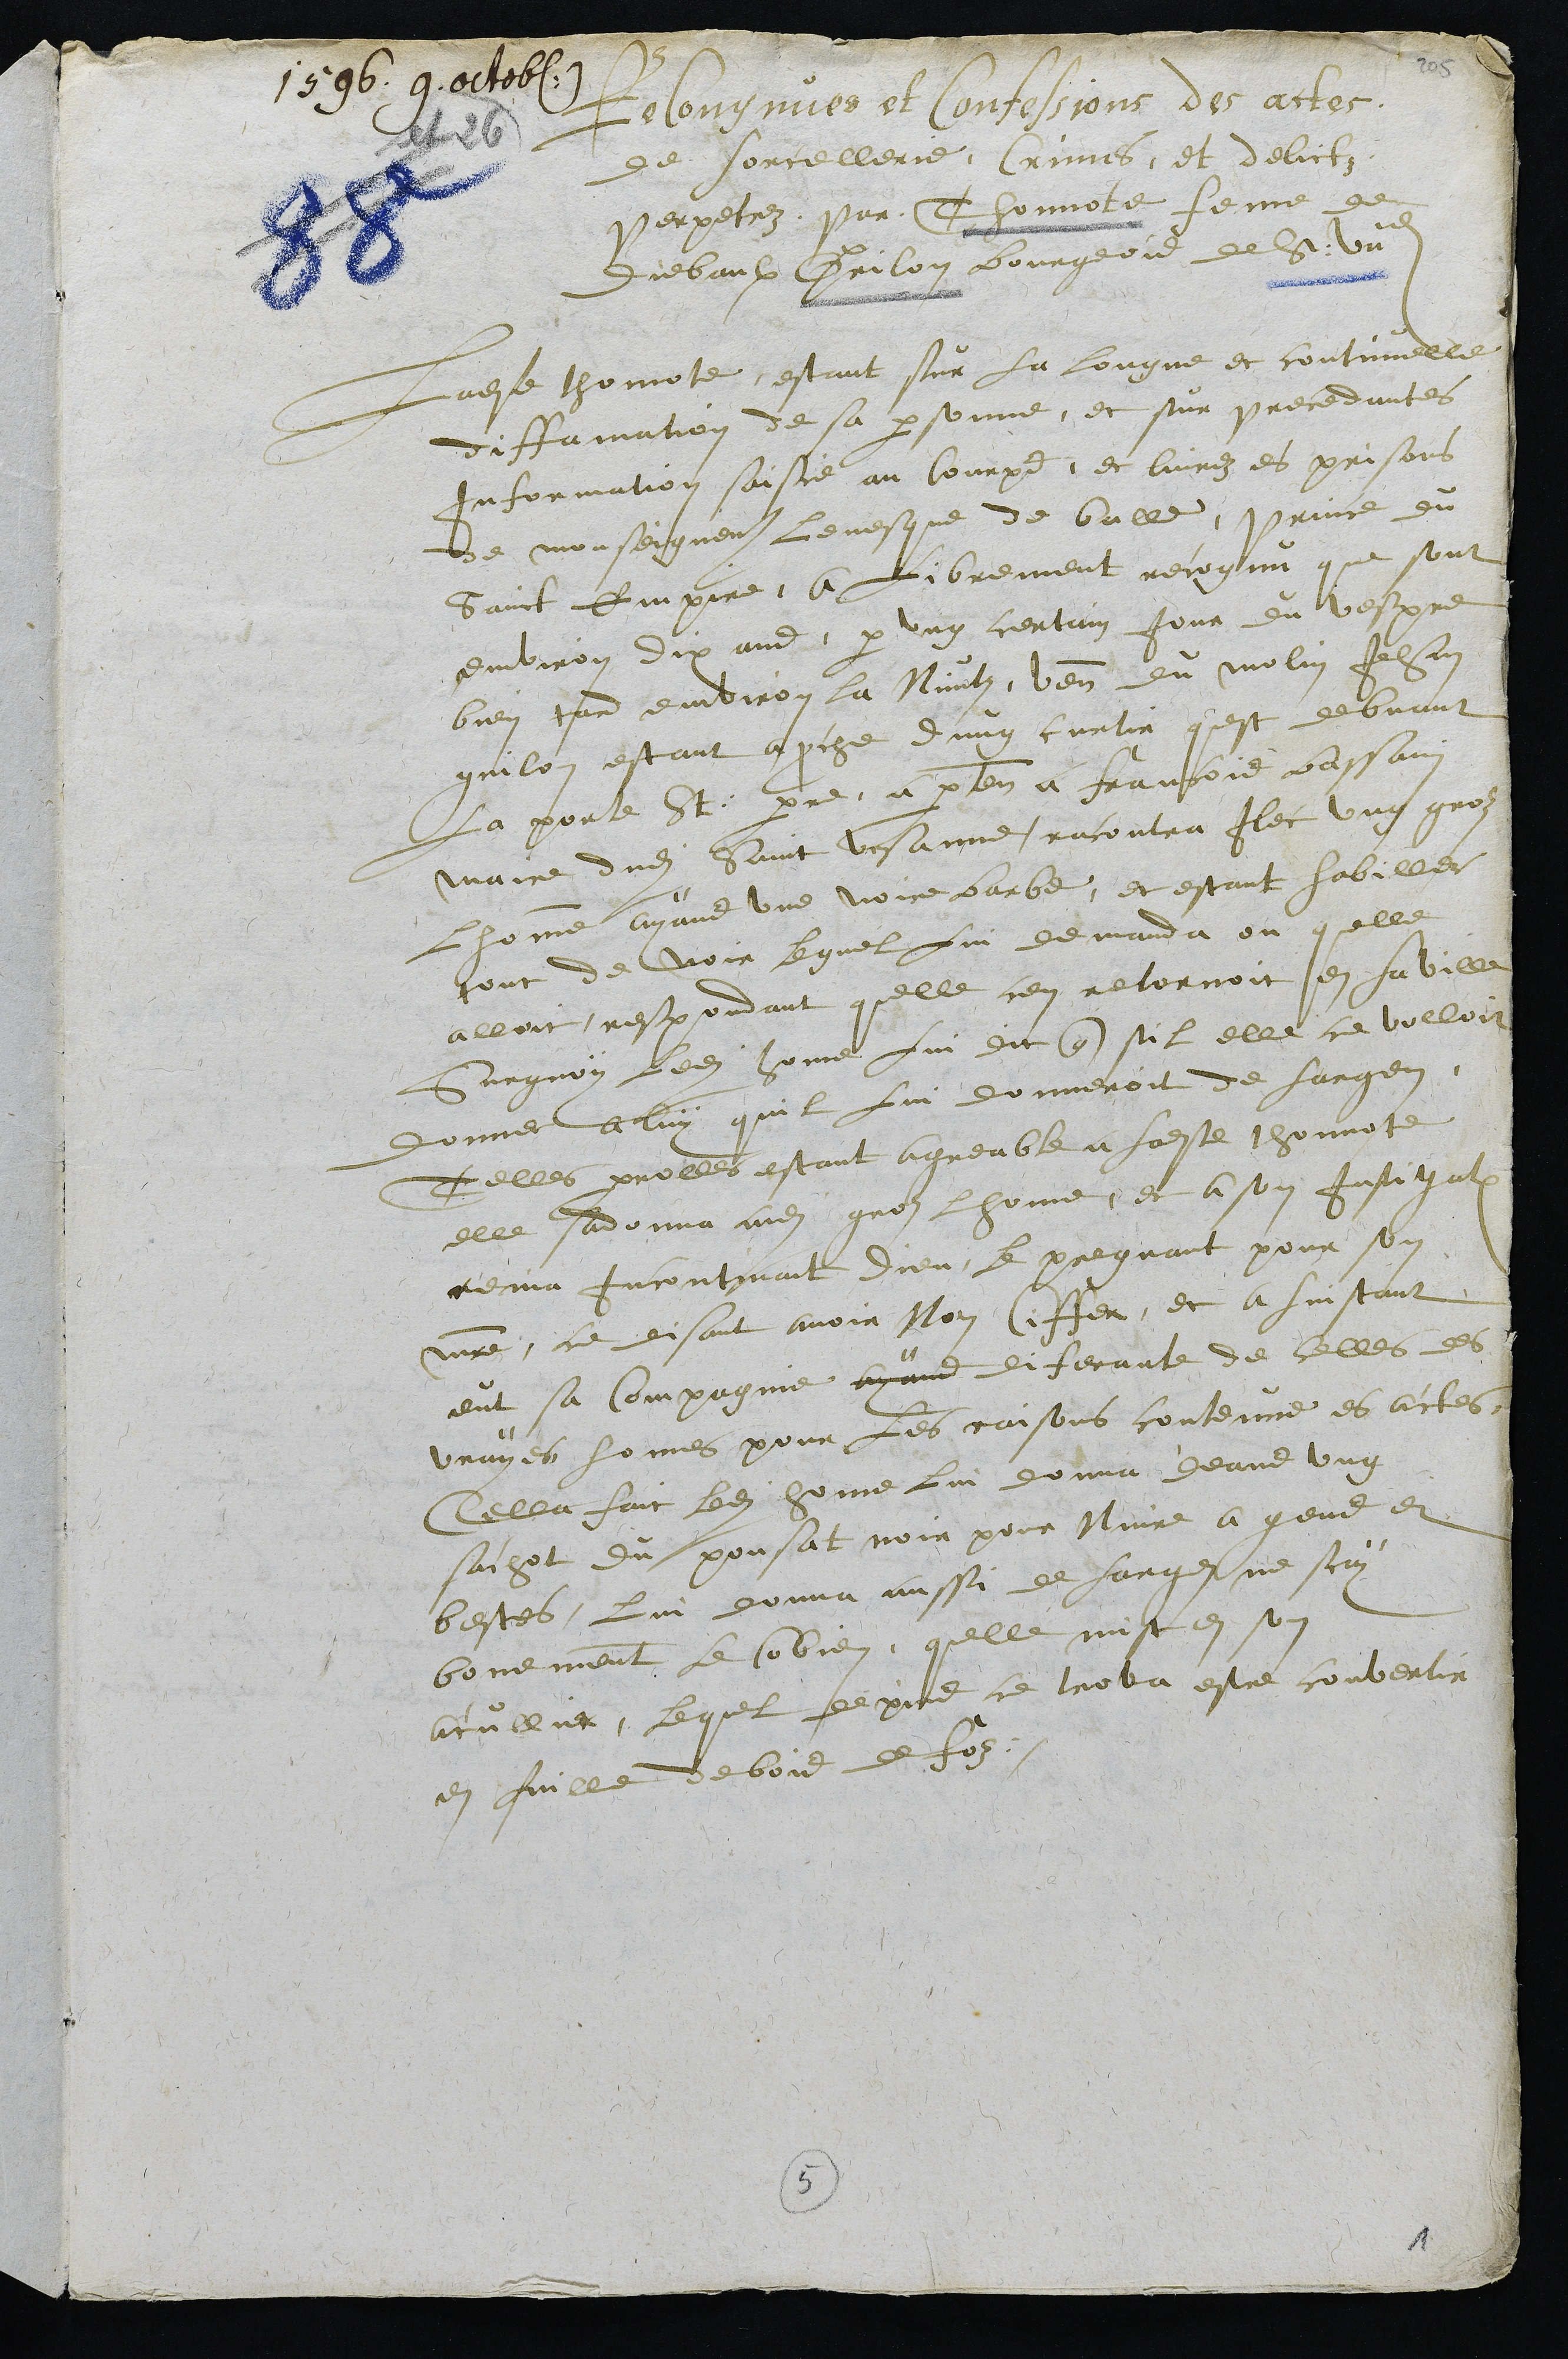
1596.9. octob.
Recongnues et Confessions des actes
de sorcellerie, Crimes et delictz
perpetrez par Thonnote femme de
Diebaulx Grilon bourgeois de St. Ursanne
Ladite thonnotte, estant sur la longue et continuelle
diffamation de sa personne, et sur precedantes
Information saisie au courps, et livrez es prisons
de monseigneur levesque de balle, Prince du
Saint Empire, a librement recognu que sont
environ dix ans, par ung certain jour du vespre
bien tard environ la Nuictz venant du molin Jehan
grilon estant aproche dung curtir quest debvant
La porte St: pierre, apartenant a francois bassain
Maire dudit Saint Ursanne racontra illec ung groz
lhomme ayant une noire barbe, et estant habiller
tout de noir lequel lui demanda ou quelle
alloit respondant quelle cen retornoit en la ville
Surquoy ledit homme lui dit que sil elle ce volloit
donner a luy quil lui donneroit de largen
Telles parrolles estant agreable a ladite thonnote
elle saddonna audit groz lhomme, et a son instigation
renia incontinant dieu, le pregnant pour son
maitre, ce disant avoir Nom Ciffer, et a linstant
eut sa Compagnie ayand diferante de celles des
vrayes homes pour les raisons contenue es actes,
Cella fait ledit home lui donna deans ung
sachot du pousat noir pour Nuire a gens et
bestes, lui donna aussi de largent ne scay
bonemment le combien, quelle mist en son
acullier, lequel depuis ce trova estre convertir
en fuille de bois de foz.

5

1